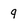
Character: q